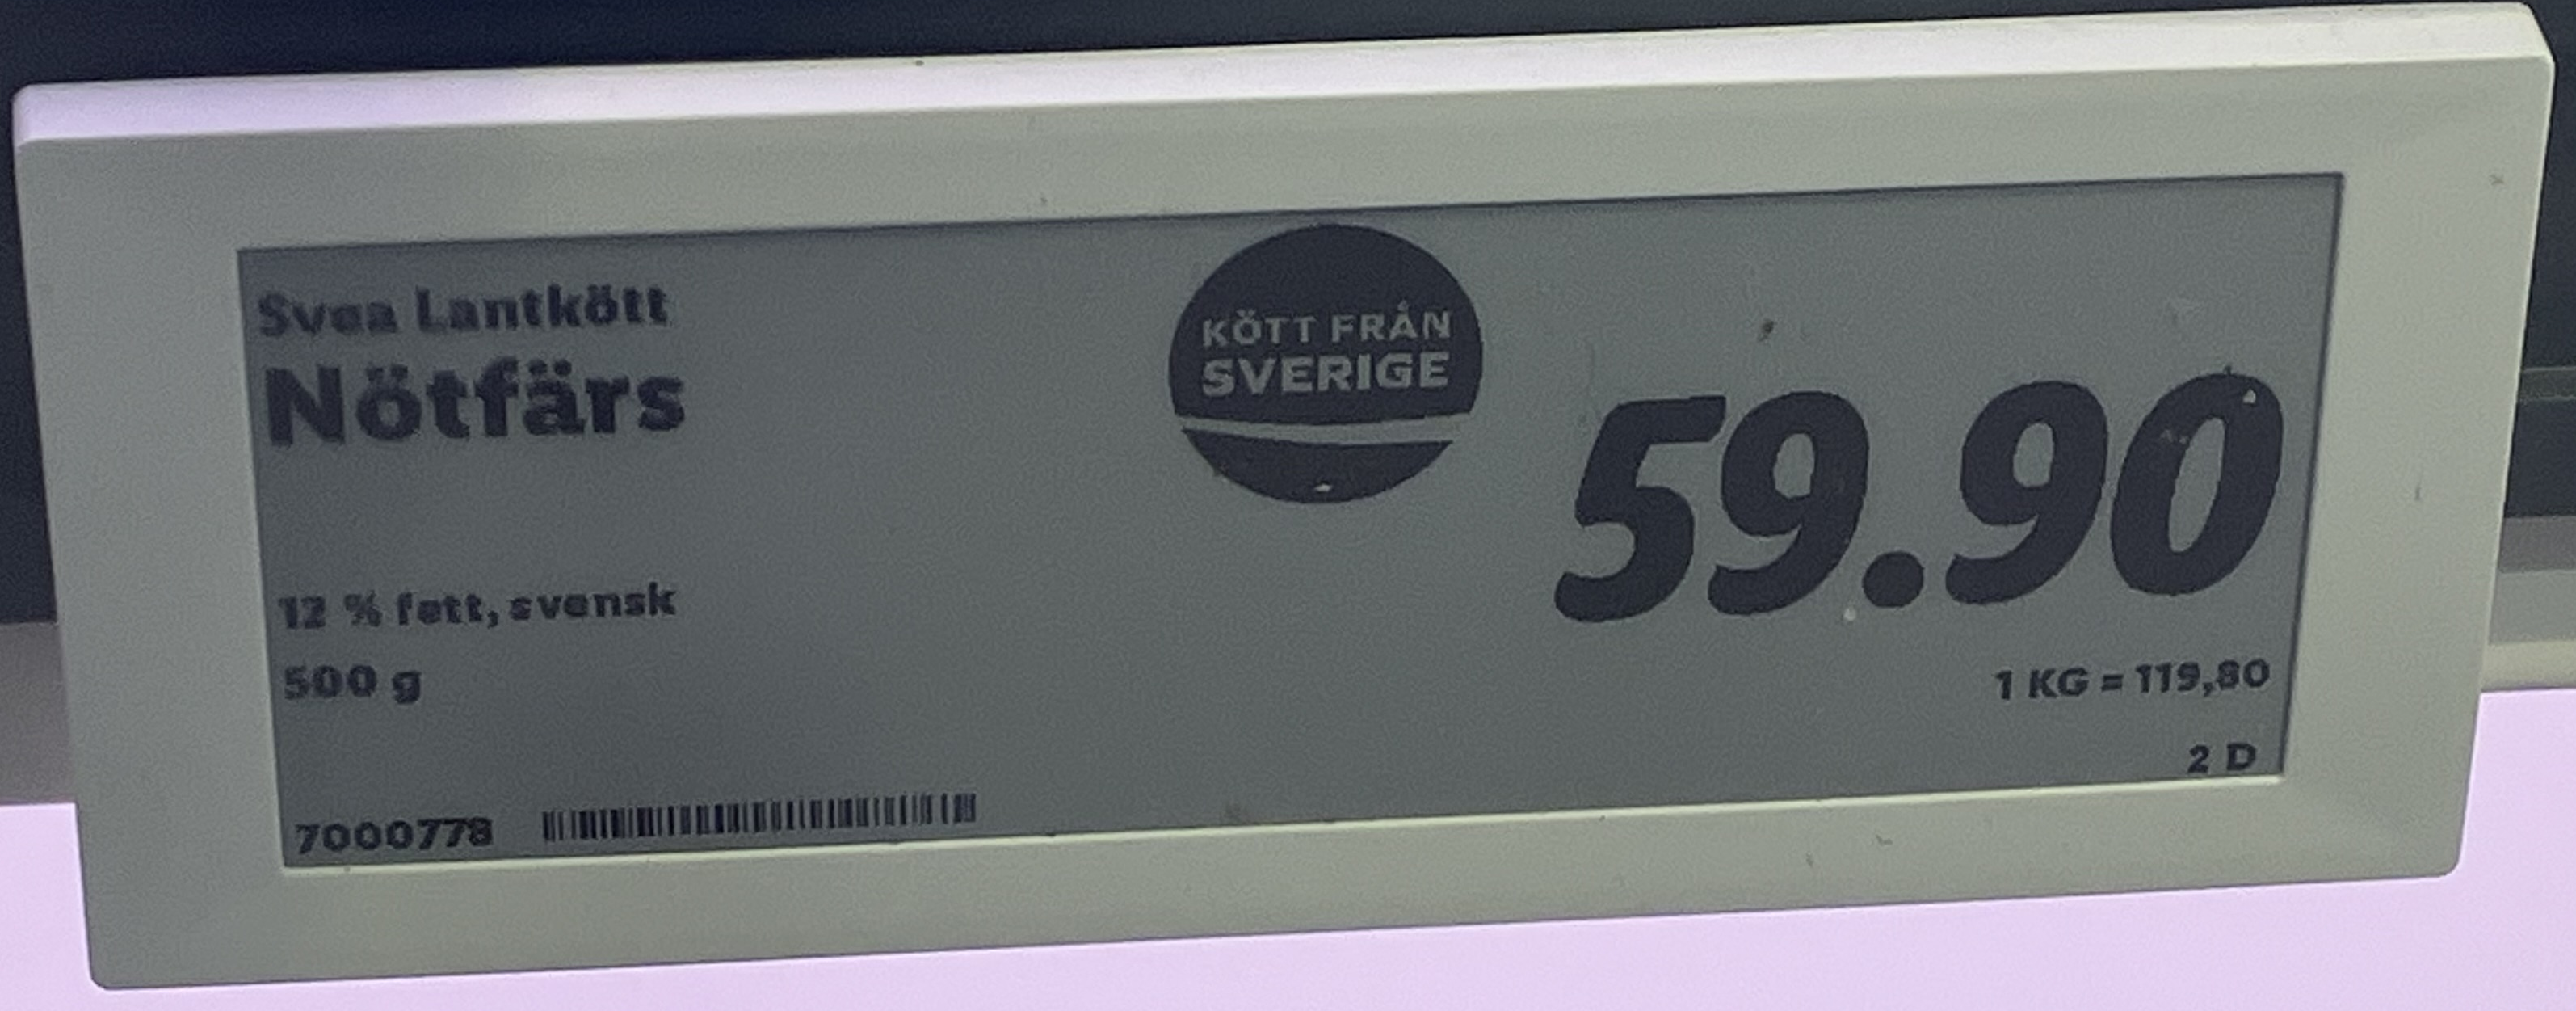
Vara: Nötfärs
Genomsnittspris: 119.8 per kg